Report on the administration of the Government Cinchona Department 1892-98
Year: 1892
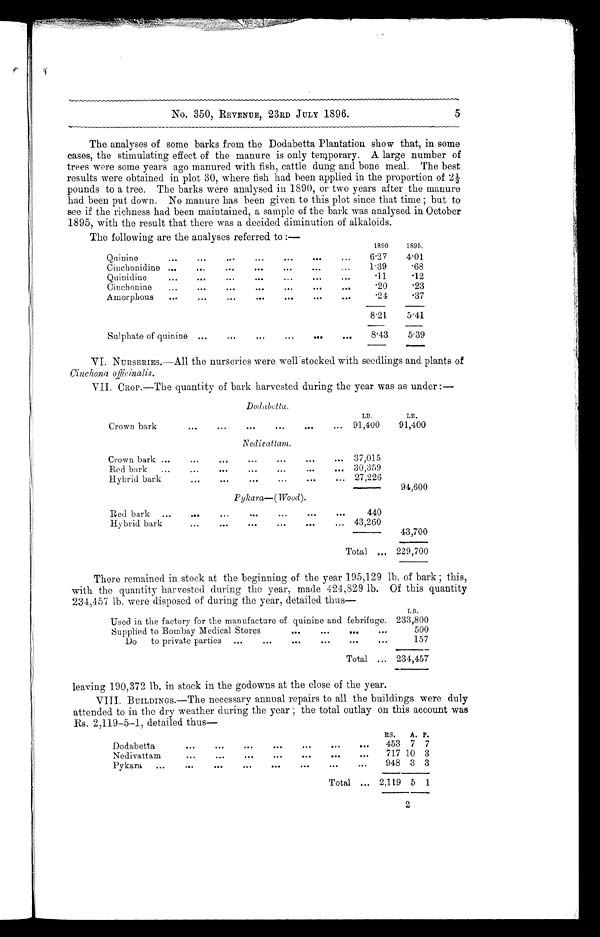
No. 350, REVENUE, 23RD JULY 1896.
5
The analyses of some barks from the Dodabetta Plantation show that, in some
cases, the stimulating effect of the manure is only temporary. A large number of
trees were some years ago manured with fish, cattle dung and bone meal. The best
results were obtained in plot 30, where fish had been applied in the proportion of 2½
pounds to a tree. The barks were analysed in 1890, or two years after the manure
had been put down. No manure has been given to this plot since that time ; but to
see if the richness had been maintained, a sample of the bark was analysed in October
1895, with the result that there was a decided diminution of alkaloids.
The following are the analyses referred to :
—
1 8 9 0 1895.
Quinine
...
...
...
...
...
.84
. . .
6.27
4.01
Cinchonidine ...
...
...
...
...
...
...
1.39
.68
Quinidine
...
...
...
...
. . .
. . .
.11
.12
Cinchonine. .
....
...
..,
...
...
.
.20
.23
Amorphous......
...
. . ..
. .
. 2 4
.37
8.21
5.41
Sulphate of quinine ...
...
...
...
...
..e
8.43
5.39
VI. NURSERIES.—All the nurseries were well stocked with seedlings and plants of
Cinchona officinalis.
VII. CROP.—The quantity of bark harvested during the year was as under :—
Dodabetta.
LB.
LB.
Crown bark
...
...
...
...
. . .
...
91,400
91,400
Nedivattam.
C rown bark ...
...
...
...
...
...
... 37,015
Red bark
...
,..
...
...
...
...
... 30,359
Hybrid bark
...
...
.-.
. . .
... 27,226
94,600
Pykara—(Wood).
Red bark ...
...
...
...
. . .
...
440
H y b rid bark
...
...
...
. . .
...
...
43,260
43,700
Total ... 229,700
There remained in stock at the beginning of the year 195,129 lb. of bark ; this,
with the quantity harvested during the year, made 424,829 lb. Of this quantity
234,457 lb. were disposed of during the year, detailed thus—
LB.
Used in the factory for the manufacture of quinine and febrifuge. 233,800
Supplied to Bombay Medical Stores
...
...
0.41
...
500
Do to private parties
...
...
...
...
...
...
157
Total ,.. 234,457
leaving 190,372 lb. in stock in the godowns at the close of the year.
VIII. BUILDINGS.—The necessary annual repairs to all the buildings were duly
attended to in the dry weather during the year ; the total outlay on this account was
Rs. 2,119-5-1, detailed thus—
RS.
A. P.
Dodabetta
...
...
...
...
...
...
...
453 7 7
Nedivattam
...
...
...
...
.O.
II
717 10 3
Pykara
...
...
...
...
...
...
...
6..
948 3 3
Total ... 2,119 5
1
2